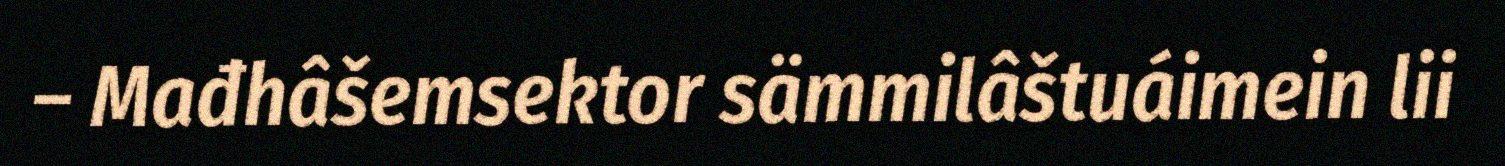
– Mađhâšemsektor sämmilâštuáimein lii